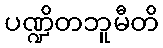
ပဏ္ဍိတဘူမီတိ